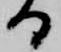
る